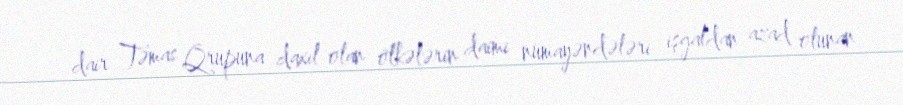
dair Təmas Qrupuna daxil olan ölkələrin daimi nümayəndələri işğaldan azad olunan